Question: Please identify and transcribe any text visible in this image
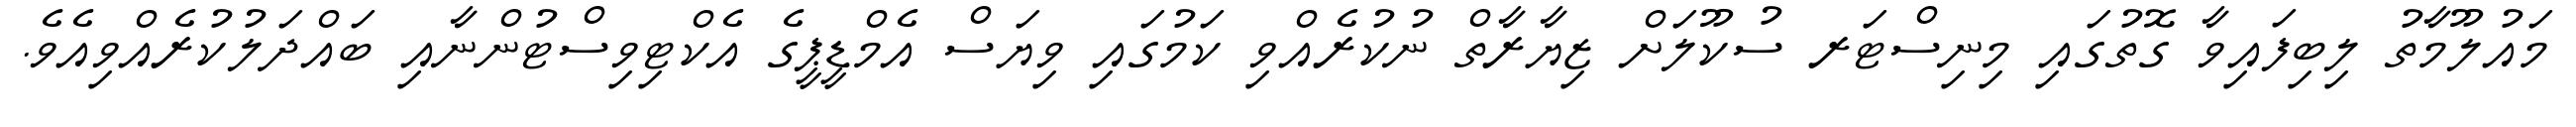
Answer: މައުލޫމާތު ލިބިފައިވާ ގޮތުގައި މިނިސްޓަރ ސުކޫލަށް ޒިޔާރާތް ނުކުރެއްވި ކަމުގައި ވިޔަސް އެމްޑީޕީގެ އެކްޓިވިސްޓުންނާއި ބައްދަލުކުރެއްވިއެވެ.